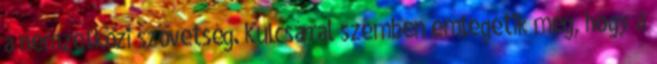
a nemzetközi szövetség. Kulcsárral szemben emlegetik még, hogy a